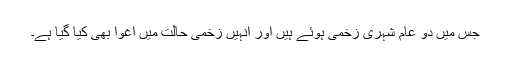
جس میں دو عام شہری زخمی ہوئے ہیں اور انہیں زخمی حالت میں اغوا بھی کیا گیا ہے۔